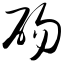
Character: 砀